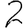
Digit: 2